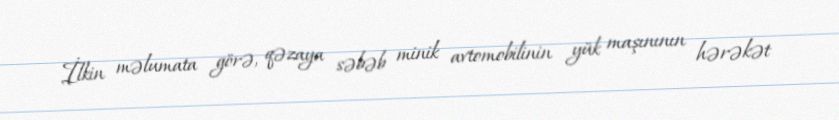
İlkin məlumata görə, qəzaya səbəb minik avtomobilinin yük maşınının hərəkət